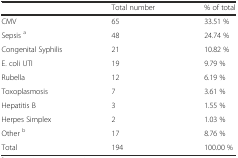
|  | Total number | % of total |
 | --- | --- | --- |
 | CMV | 65 | 33.51 % |
 | Sepsis a | 48 | 24.74 % |
 | Congenital Syphilis | 21 | 10.82 % |
 | E. coli UTI | 19 | 9.79 % |
 | Rubella | 12 | 6.19 % |
 | Toxoplasmosis | 7 | 3.61 % |
 | Hepatitis B | 3 | 1.55 % |
 | Herpes Simplex | 2 | 1.03 % |
 | Other b | 17 | 8.76 % |
 | Total | 194 | 100.00 % |